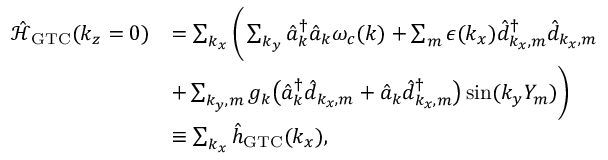
\begin{array} { r l } { \mathcal { \hat { H } } _ { \mathrm { G T C } } ( k _ { z } = 0 ) } & { = \sum _ { k _ { x } } \Bigg ( \sum _ { k _ { y } } \hat { a } _ { \boldsymbol k } ^ { \dagger } \hat { a } _ { \boldsymbol k } \omega _ { c } ( { \boldsymbol k } ) + \sum _ { m } \epsilon ( k _ { x } ) \hat { d } _ { k _ { x } , m } ^ { \dagger } \hat { d } _ { k _ { x } , m } } \\ & { + \sum _ { { k _ { y } } , m } g _ { \boldsymbol k } \big ( \hat { a } _ { { \boldsymbol k } } ^ { \dagger } \hat { d } _ { k _ { x } , m } + \hat { a } _ { { \boldsymbol k } } \hat { d } _ { k _ { x } , m } ^ { \dagger } \big ) \sin ( { k _ { y } } Y _ { m } ) \Bigg ) } \\ & { \equiv \sum _ { k _ { x } } \hat { h } _ { \mathrm { G T C } } ( k _ { x } ) , } \end{array}